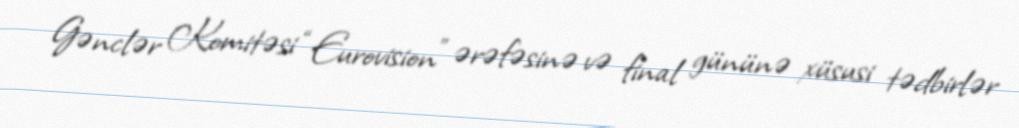
Gənclər Komitəsi “Eurovision” ərəfəsinə və final gününə xüsusi tədbirlər